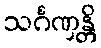
သင်္ဂဏှန္တိ